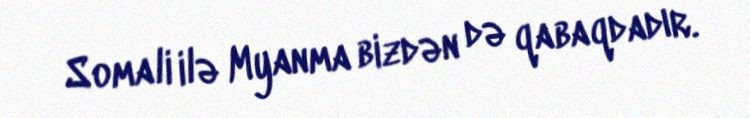
Somali ilə Myanma bizdən də qabaqdadır.